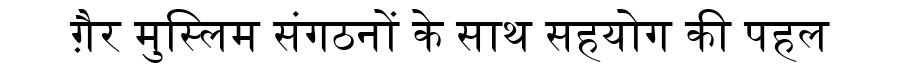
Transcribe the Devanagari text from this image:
ग़ैर मुस्लिम संगठनों के साथ सहयोग की पहल